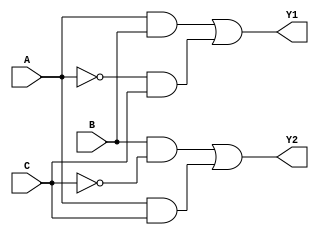
module combinational_logic_block (
    input wire A,      // Input A
    input wire B,      // Input B
    input wire C,      // Input C
    output wire Y1,    // Output Y1
    output wire Y2     // Output Y2
);

// Logic function definitions (example)
assign Y1 = (A & B) | (~A & C);  // Example SOP for Y1
assign Y2 = (B & ~C) | (A & C);   // Example SOP for Y2

endmodule